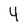
Character: 4